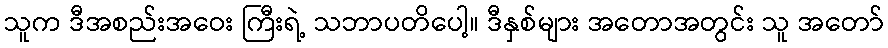
သူက ဒီအစည်းအဝေး ကြီးရဲ့ သဘာပတိပေါ့။ ဒီနှစ်များ အတောအတွင်း သူ အတော်